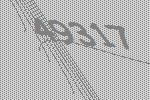
49317